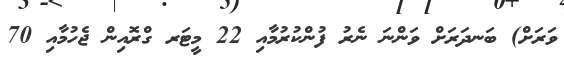
ވަރަށް) ބަނދަރަށް ވަންނަ ނެރު ފުންކުރުމާއި 22 މީޓަރ ގްރޮއިން ޖެހުމާއި 70